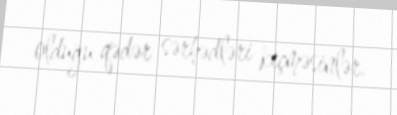
olduğu qədər sərhədləri keçməsinlər.